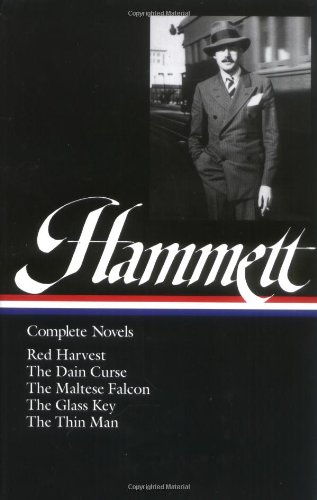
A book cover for Red Harvest / The Dain Curse / The Maltese Falcon / The Glass Key / The Thin Man; Dashiell Hammett; Literature & Fiction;